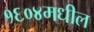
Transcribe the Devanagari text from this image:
१६०४मधील